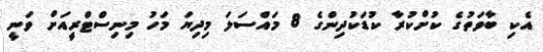
އެކި ބާވަތުގެ ކުށްކުރާ ކުޑަކުދިންގެ 8 މައްސަލަ މިދިޔަ މަހު މިނިސްޓްރީއަށް ވަނީ